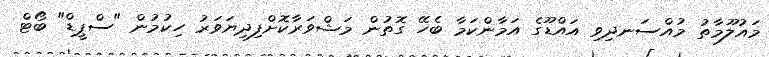
މައުލޫމާތު މުއްސަނދިވި އައްޑޫގެ އަމާންކަމާ ބެހޭ ގޮތުން މަޝްވަރާކޮށްފިދިޔަވަރު ހިކުމުން "ސްޕީޑް" ބޯޓް